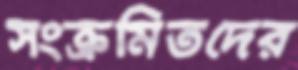
সংক্রমিতদের